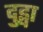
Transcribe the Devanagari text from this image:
दुड्वा